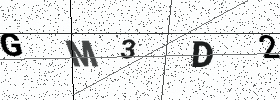
Text: GM3D2